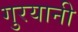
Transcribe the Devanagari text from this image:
गुरयानी